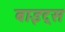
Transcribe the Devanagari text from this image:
बाइट्‌स